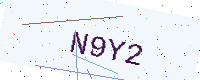
Text: N9Y2